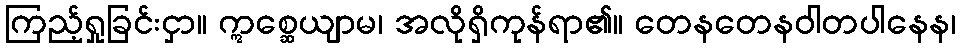
ကြည့်ရှုခြင်းငှာ။ ဣစ္ဆေယျာမ၊ အလိုရှိကုန်ရာ၏။ တေနတေနဝါတပါနေန၊